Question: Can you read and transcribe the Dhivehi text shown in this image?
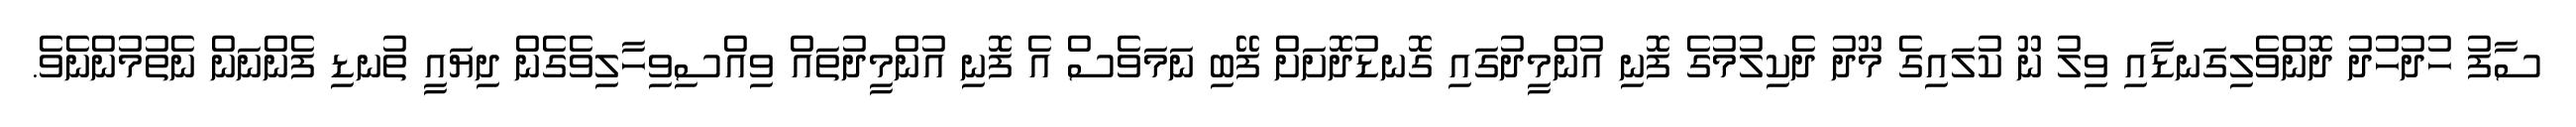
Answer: ސާފު ހުދުހުދު ދޮންވެލިގަނޑާއި ވިލު ނޫ ކުލައިގެ މޫދު ދެކިލުމުގެ ފޮނި އުންމީދުގައި ގޮނޑުދޮށަށް ފޭބި ނަމަވެސް އެ ފޮނި އުންމީދުތައް ވިއްސިވިހާލިވެގެން ދިޔައީ ތުނޑި ފެންނަން ނެތުމުންނެވެ.